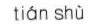
tián shù